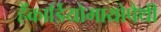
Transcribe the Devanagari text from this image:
हैंकार्डियोमायोपैथी